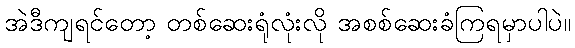
အဲဒီကျရင်တော့ တစ်ဆေးရုံလုံးလို အစစ်ဆေးခံကြရမှာပါပဲ။